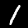
Label: 1